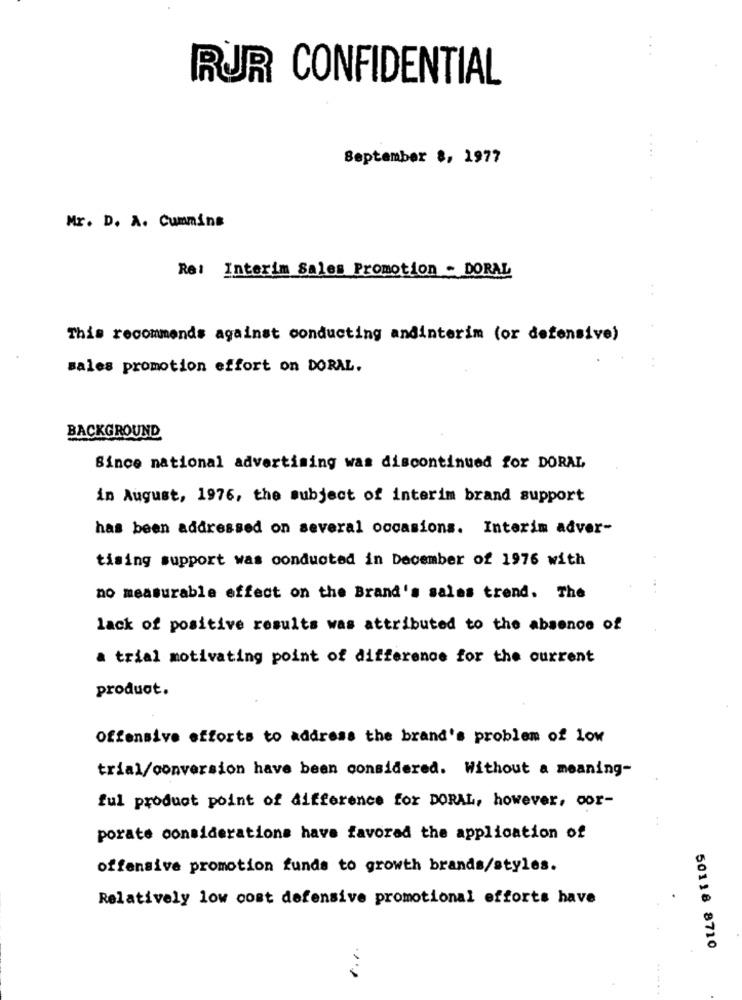
RJR CONFIDENTIAL
September 8, 1977
Mr. D. A. Cummins
Re: Interim Sales Promotion - DORAL
This recommends against conducting andinterim (or defensive)
sales promotion effort on DORAL.
BACKGROUND
Since national advertising was discontinued for DORAL
in August, 1976, the subject of interim brand support
has been addressed on several occasions. Interim adver-
tising support was conducted in December of 1976 with
no measurable effect on the Brand's sales trend. The
lack of positive results was attributed to the absence of
a trial motivating point of difference for the current
produot.
Offensive efforts to address the brand's problem of low
trial/conversion have been considered. Without a meaning-
ful product point of difference for DORAL, however, cor-
porate considerations have favored the application of
offensive promotion funds to growth brands/styles.
Relatively low cost defensive promotional efforts have
....
50118 8710